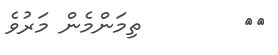
٥٣        ތިމަންމެން މަރުވެ